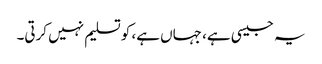
یہ جیسی ہے، جہاں ہے، کو تسلیم نہیں کرتی۔